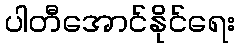
ပါတီအောင်နိုင်ရေး